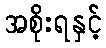
အစိုးရနှင့်